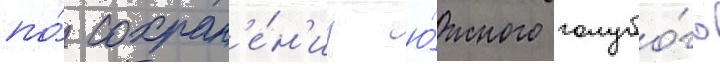
по́ сохран'е́н'иу ю́жного голубо́го